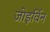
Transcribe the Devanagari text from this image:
जोइर्विन